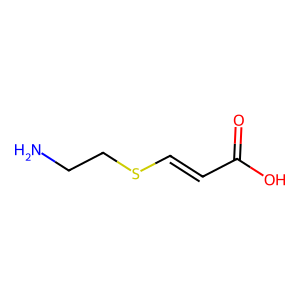
SMILES: NCCSC=CC(=O)O
Inhibits HIV replication: No